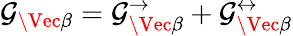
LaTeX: \mathcal{G}_{\Vec{\beta}}=\mathcal{G}_{\Vec{\beta}}^{\rightarrow}+\mathcal{G}_{\Vec{\beta}}^{\leftrightarrow}